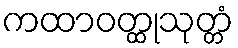
ကထာဝတ္ထုသုတ္တံ